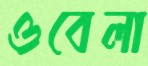
ওবেলা